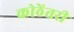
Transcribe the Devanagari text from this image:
कोठेंतरी